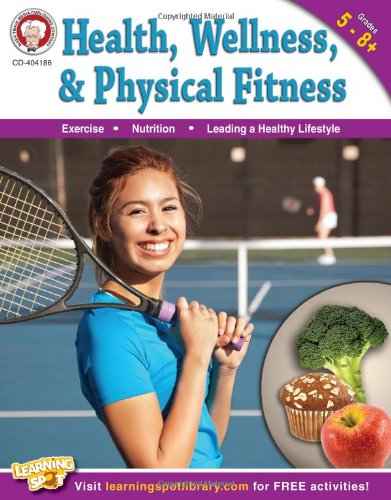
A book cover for Health, Wellness, and Physical Fitness, Grades 5 - 8; Don Blattner; Health, Fitness & Dieting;